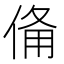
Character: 𬾨